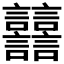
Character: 𧮦